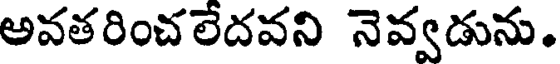
అవతరించలేదవని నెవ్వడును.